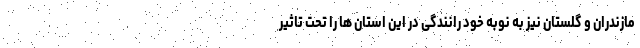
مازندران و گلستان نیز به نوبه خود رانندگی در این استان ها را تحت تاثیر